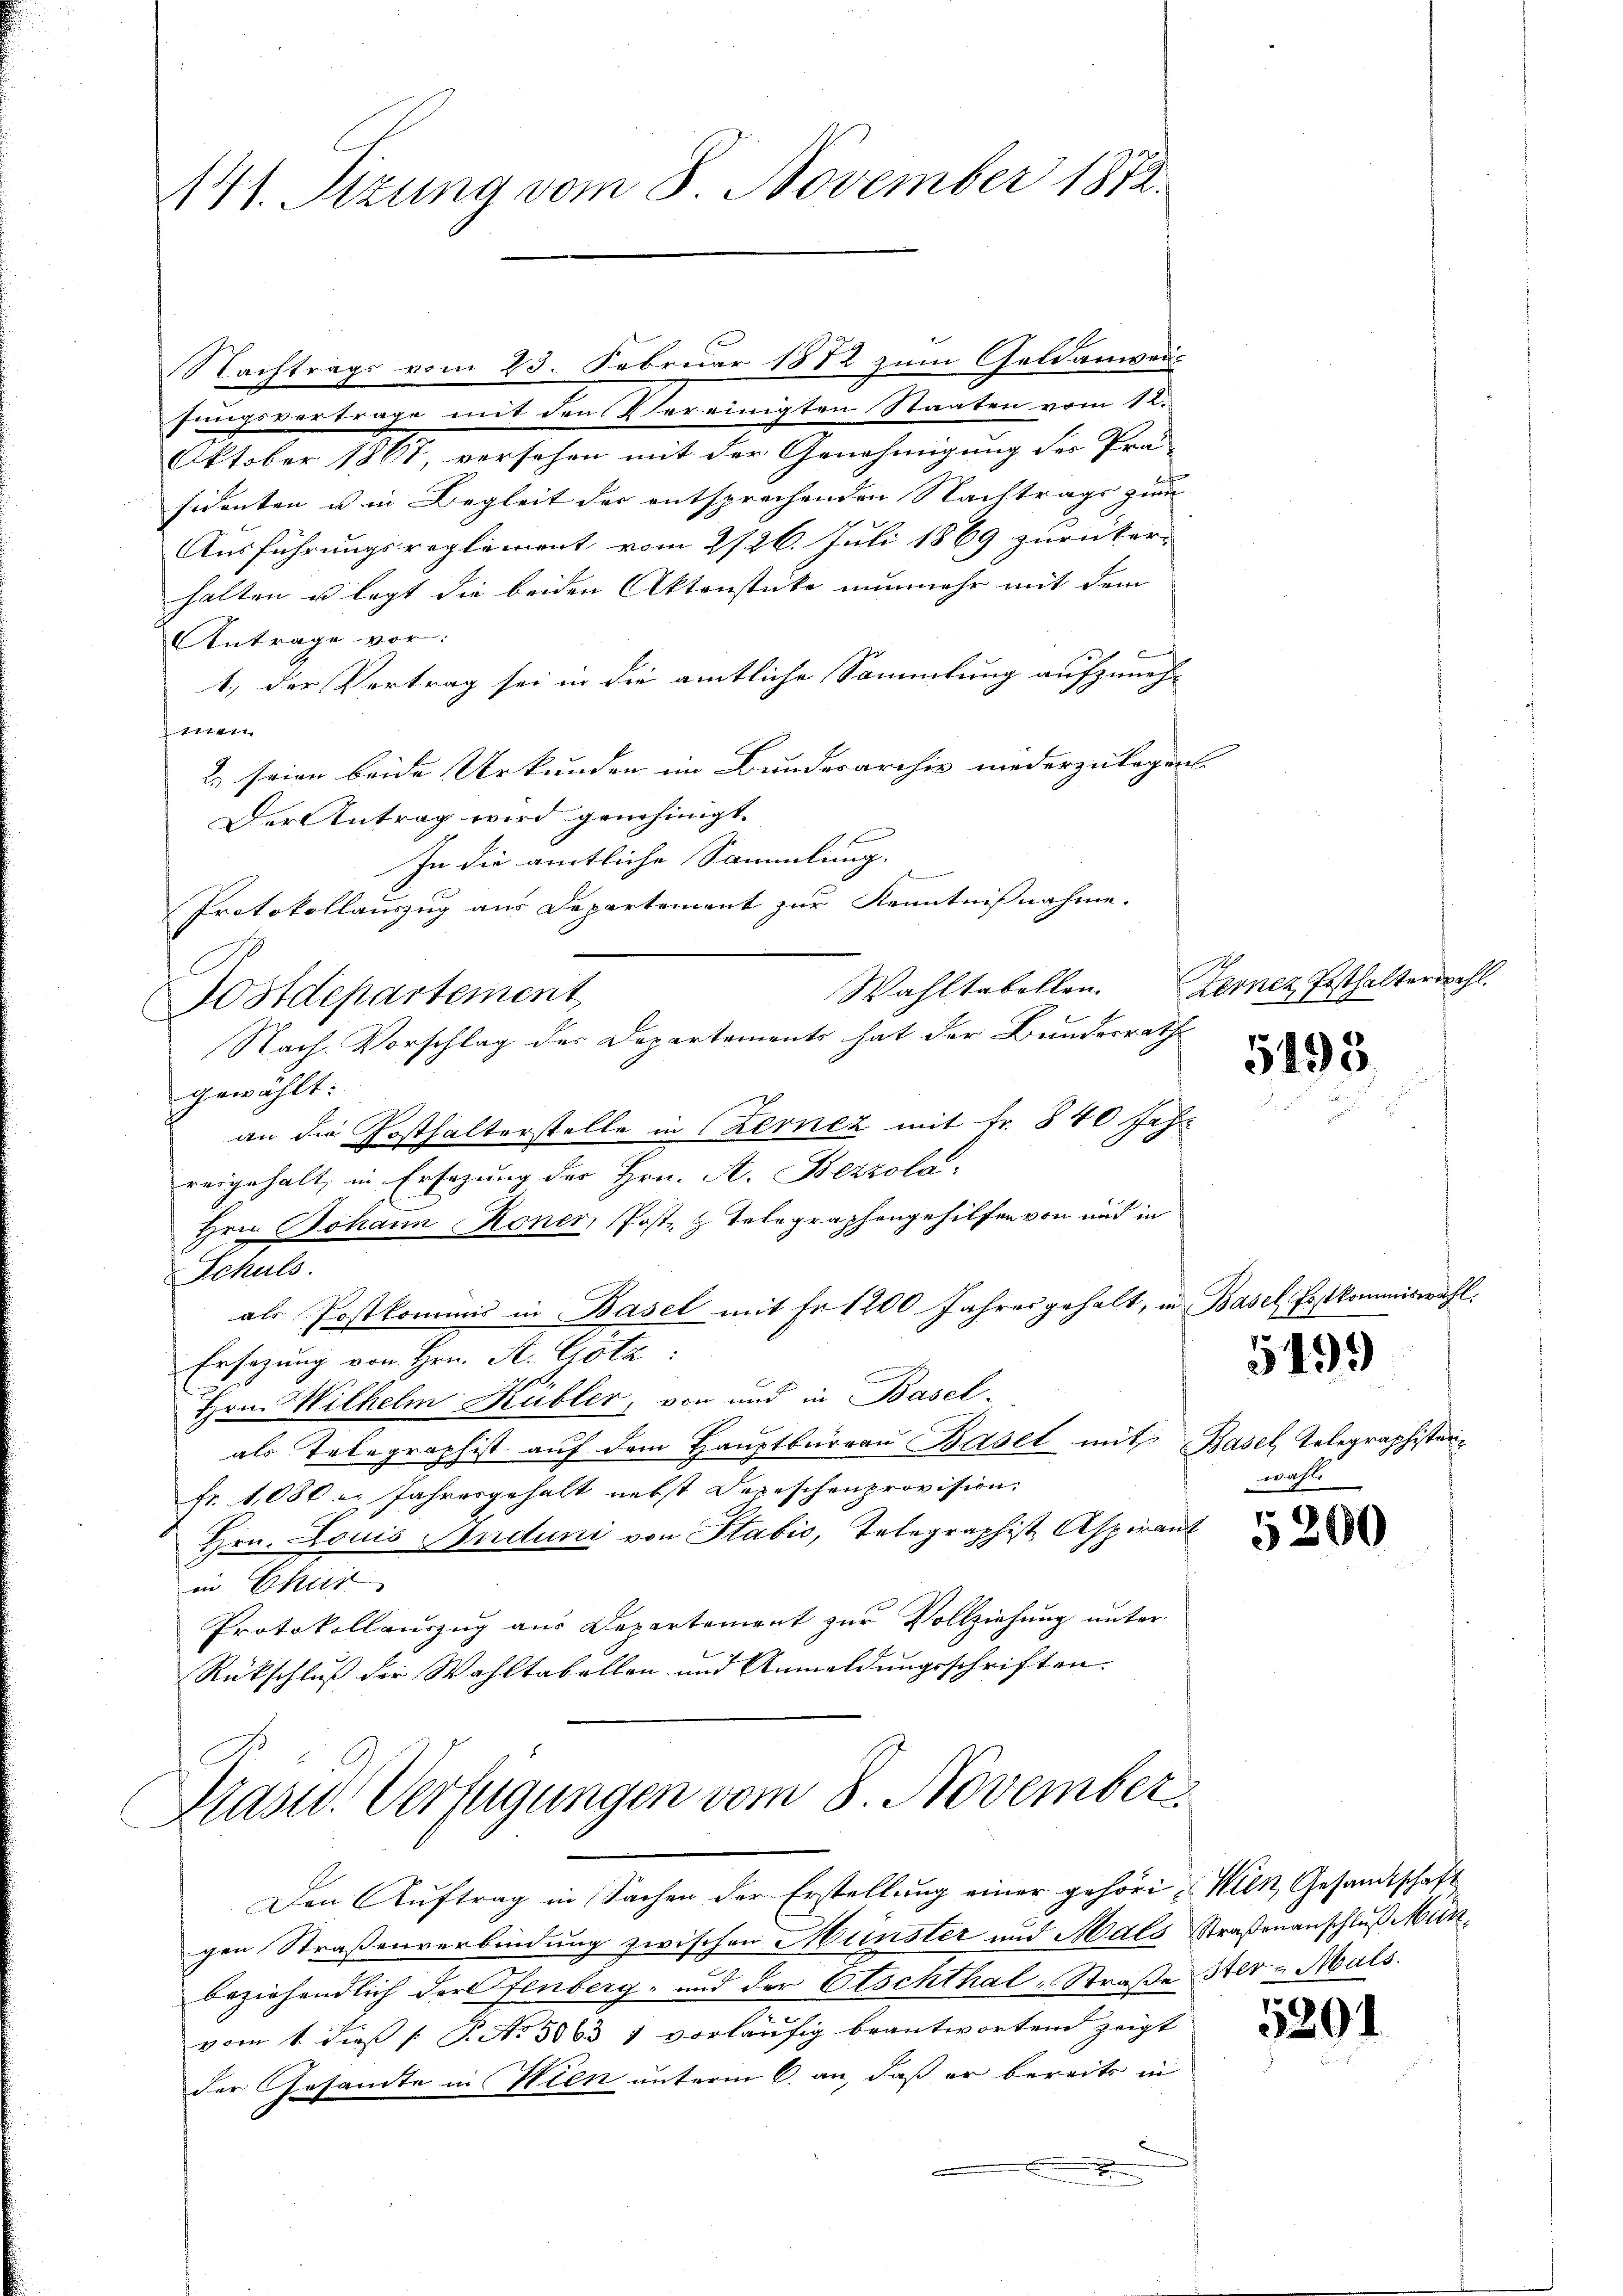
Nachtrags vom 23. Februar 1872 zum Geldanweifungsvertrage mit den Vereinigten Staaten vom 12.
Oktober 1861, versehen mit der Genehmigung des Prä-
sidenten u in Begleit der entsprechenden Nachtrags zum |
Ausführungsreglement vom 2/26. Juli 1869 zurücker-
halten u legt die beiden Aktenstücke nunmehr mit dem
Antrage vor:
1.) der Vertrag sei in die amtliche Sammlung aufzuneh-
fenen
2.) seien beide Urkunden im Bundesarchiv niederzulegert.
Der Antrag wird genehmigt.
1 f
In die amtliche Sammlung.
f
Protokollauszug aus Departement zur Kenntnisnahme.
n
Wahltabellen.
Nach Vorschlag des Departements hat der Bundesrath
gewählt:
an die Posthalterstelle in Kernez mit Fr. 840 Jahr
reigehalt, in Ersezung der Hrn. A. Bezzola-
Hrn. Johann Koner Post 3 Telegraphengehilfen von und in
Schuls.
als Postkommis in Basel mit Fr. 1200 Jahres gehalt, in Basel Erstkommiswahl.
Ersezung von Hrn. A. Götz:
Hrn. Wilhelm Kübler, von und in Basel-
als Telegraphist auf dem Hauptburgau Basel mit Basel, Telegraphistan¬
Fr. 1080 u. Jahresgehalt nebst Depeschenprovision
Hrn. Louis Auduni von Stabić, Telegraphist Aspirant
in Chur
Protokollauszug aus Departement zur Vollziehung unter
Rückschluß der Wahltabellen und Anmeldungsschriften.

141. Sizung vom 8. November 1872.

Sostdepartement

Den Auftrag in Sachen der Erstellung einer gehöri-Wien, Gesandtschaft
gen Straßenverbindung zwischen Münster und Mals Straßenanschluß Mür
beziehendlich der Fenberg- und der Etschthal-Straße ster - Mals.
2
vom 1. dieβ /: P. No. 5063 1 vorläufig beantwortend zeigt
der Gesante in Wien unterm 6. an, daß er bereits in

Präsid. Verfügungen vom 8. November.

Terner Ersthalterwahl.

5195

wahr
5
200

5199

5201